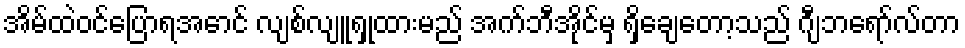
အိမ်ထဲဝင်ပြောရအောင် လျစ်လျူရှုထားမည် အက်ဘီအိုင်မှ ရှိချေတော့သည် ဂျီဘရော်လ်တာ